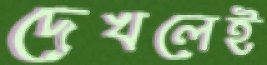
দেখলেই